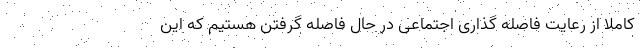
کاملا از رعایت فاصله گذاری اجتماعی در حال فاصله گرفتن هستیم که این